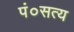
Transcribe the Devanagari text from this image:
पं०सत्य